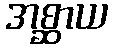
အစ္ဆာယ